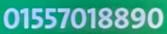
01557018890